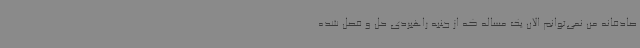
صادقانه من نمی‌توانم الان یک مساله که از جنبه راهبردی حل و فصل شده